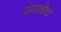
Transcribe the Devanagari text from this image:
रंगाचेच